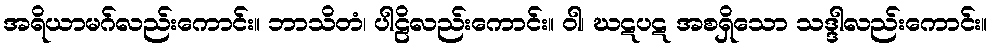
အရိယာမဂ်လည်းကောင်း။ ဘာသိတံ၊ ပါဠိလည်းကောင်း။ ဝါ၊ ဃဋပဋ အစရှိသော သဒ္ဒါလည်းကောင်း။